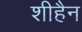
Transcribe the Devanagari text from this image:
शीहैन